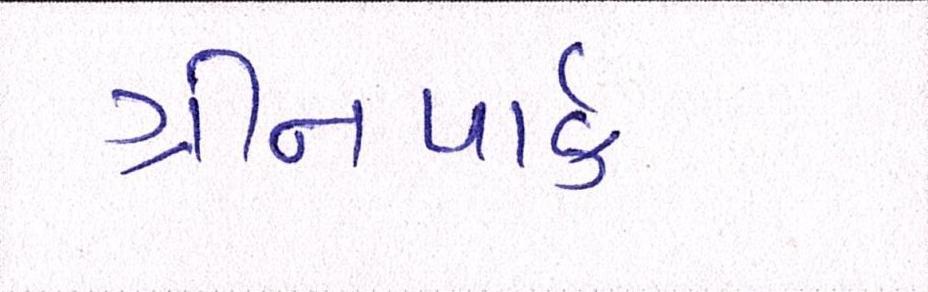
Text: ગ્રીનપાર્ક